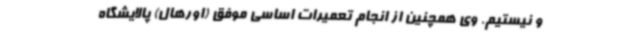
و نیستیم. وی همچنین از انجام تعمیرات اساسی موفق (اورهال) پالایشگاه